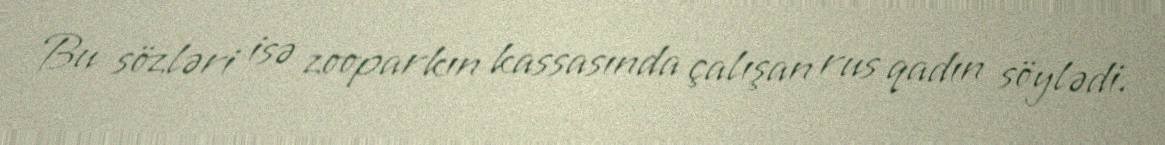
Bu sözləri isə zooparkın kassasında çalışan rus qadın söylədi.